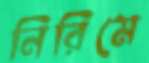
নিরিমে